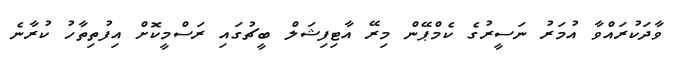
ވާދަކުރައްވާ އުމަރު ނަސީރުގެ ކެމްޕޭން މިރޭ އާޓިފިޝަލް ބީޗުގައި ރަސްމީކޮށް އިފުތިތާހު ކުރާނެ